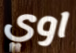
اوي